Jaan_Tonisson_(Lasteleht), lk 443
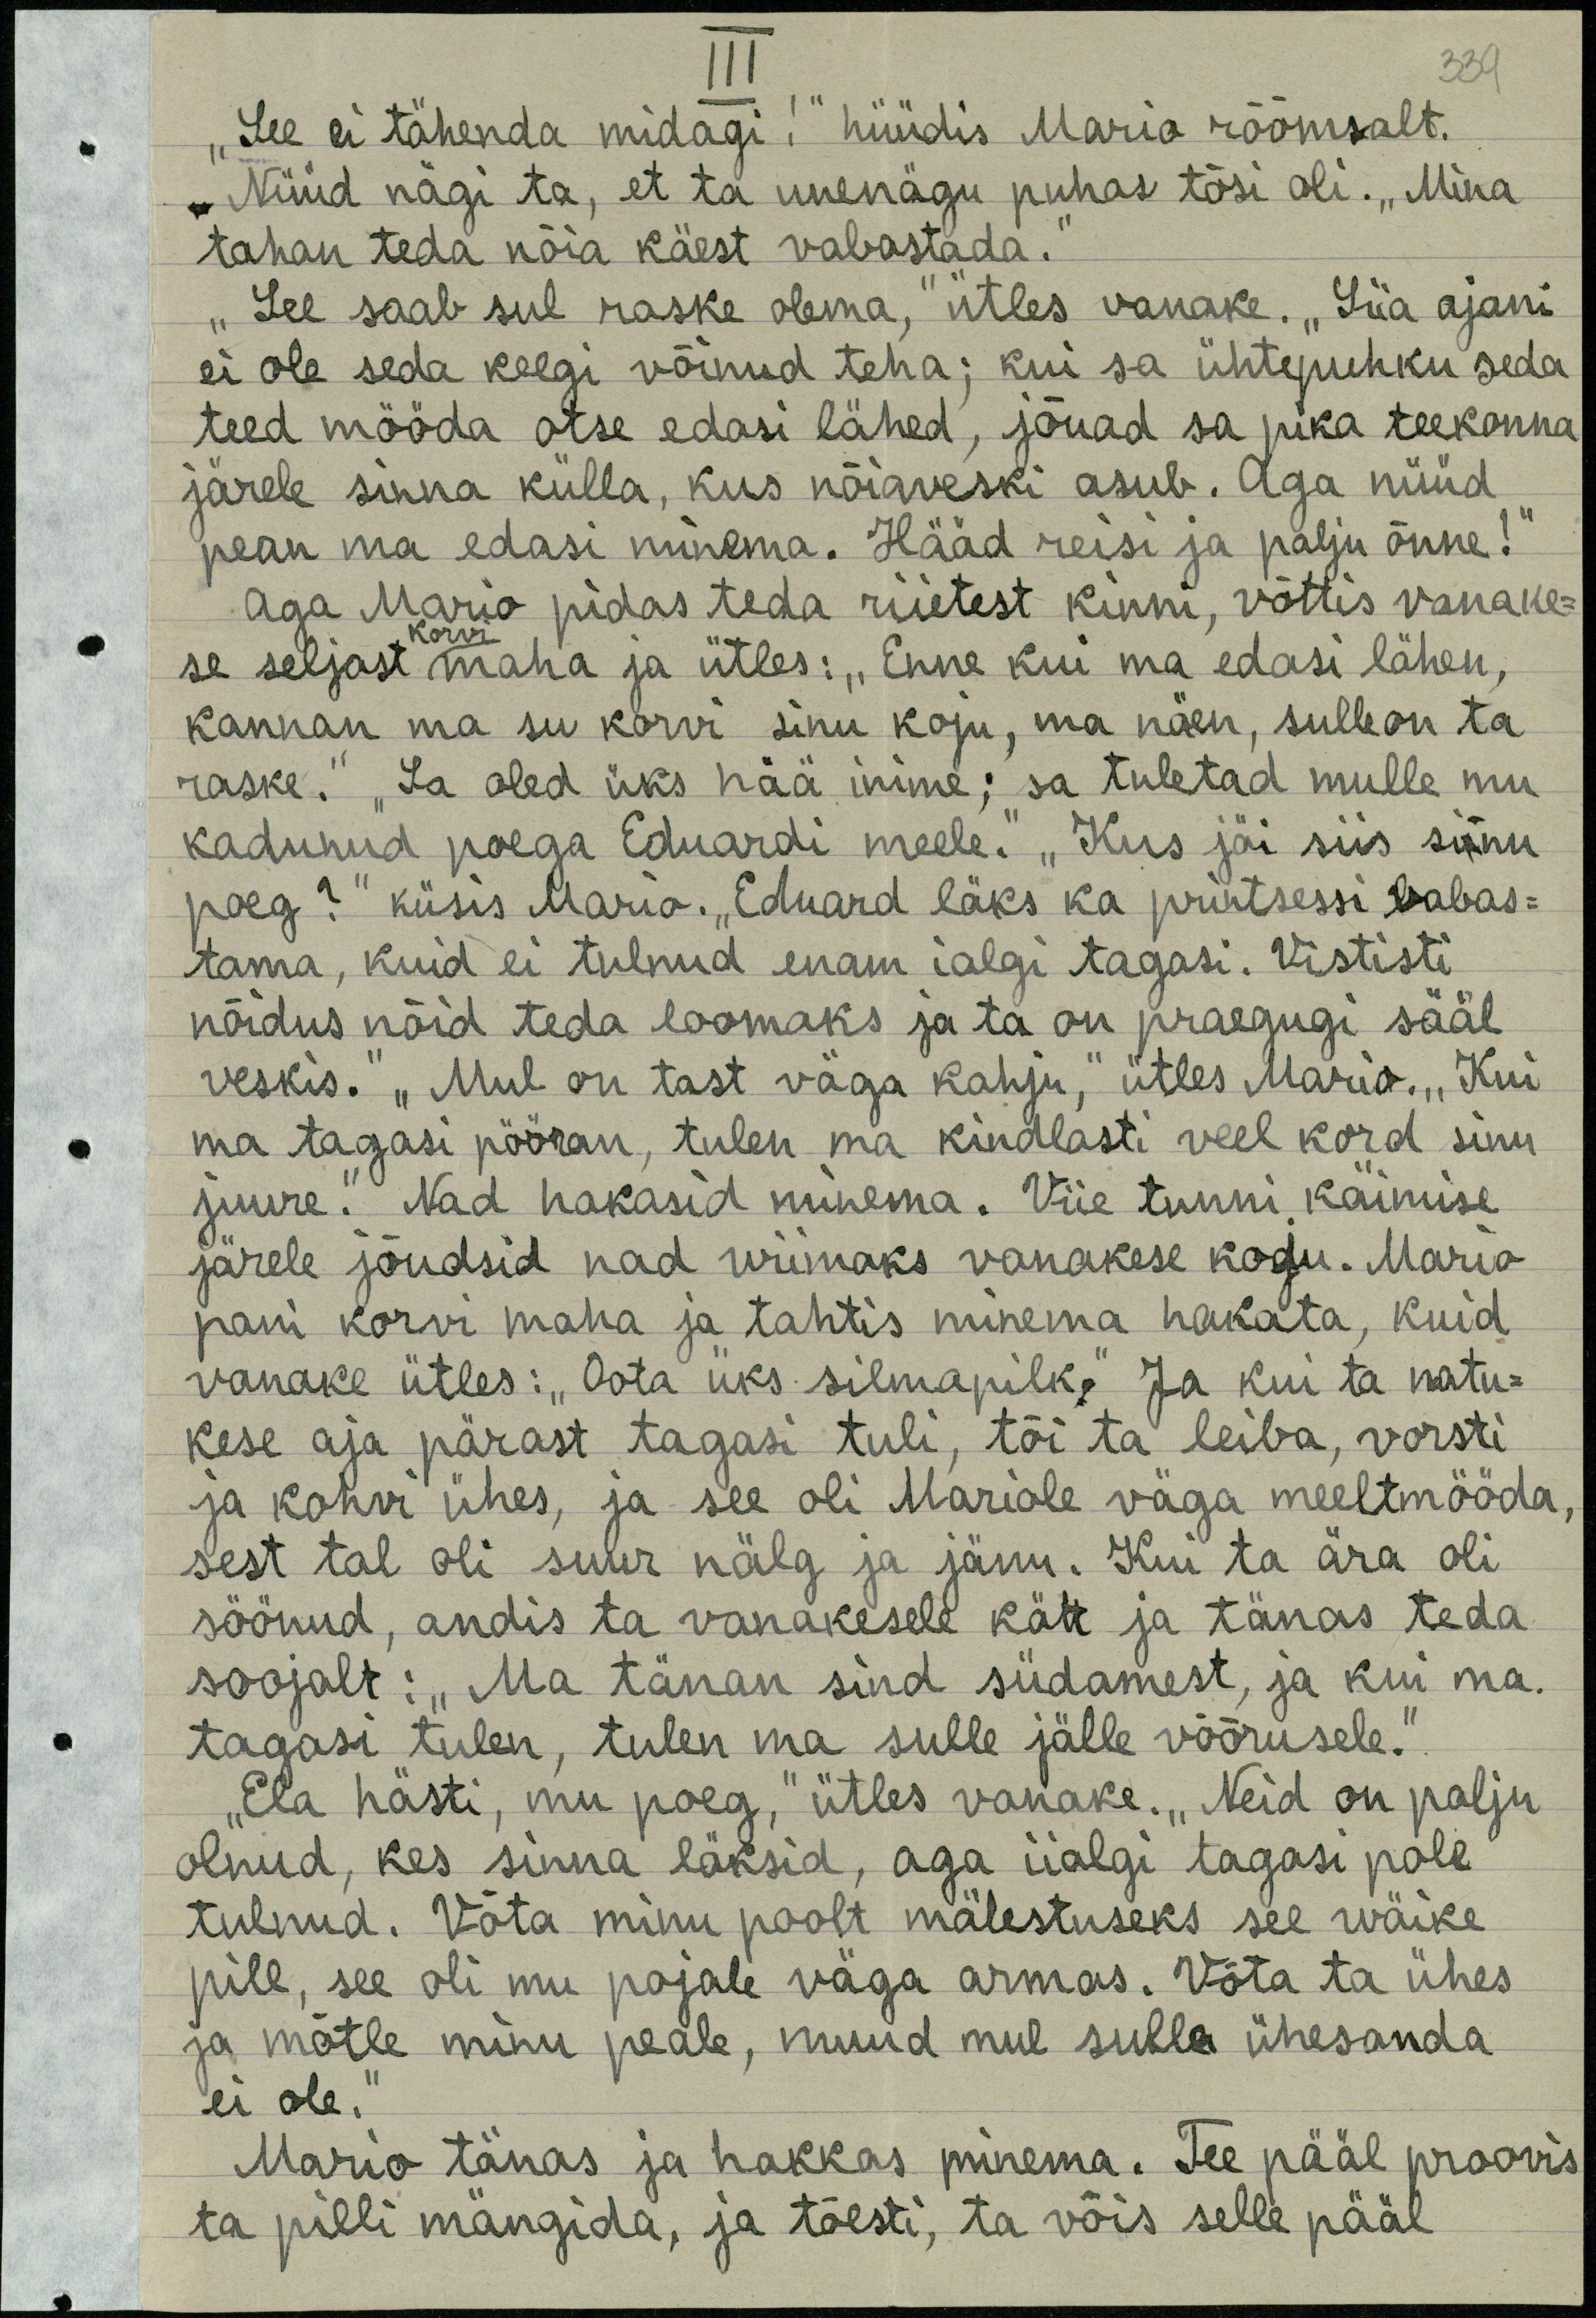
III
339
"See ei tähenda midagi!" hüüdis Mario rõõmsalt.
Nüüd nägi ta, et ta unenägu puhas tõsi oli. „Mina
tahan teda nõia käest vabastada.
"See saab sul raske olema," ütles vanake. "Siia ajani
ei ole seda keegi võinud teha; kui sa ühtepuhku seda
teed mööda otse edasi lähed, jõuad sa pika teekonna
järele sinna külla, kus nõiaveski asub. Aga nüüd
pean ma edasi minema. Hääd reisi ja palju õnne!
aga Mario pidas teda riietest kinni, võttis vanake-
korvi
se seljast maha ja ütles: "Enne kui ma edasi lähen,
kannan ma su korvi sinu koju, ma näen, sulle on ta
raske." "Sa oled üks hää inime; sa tuletad mulle mu-
kadunud poega Eduardi meele. "Kus jäi siis sinu
poeg?" küsis Maria. "Eduard läks ka printsessi vabas-
tama, kuid ei tulnud enam ialgi tagasi. Vististi
nõidus nõid teda loomaks ja ta on praegugi sääl
veskis. "Mul on tast väga kahju," ütles Mario. „Kui
ma tagasi pööran, tulen ma kindlasti veel kord sinu
juure." Nad hakasid minema. Viie tunni käimise
järele jõudsid nad wiimaks vanakese kodu. Mario
pani korvi maha ja tahtis minema hakata, kuid
vanake ütles: "Oota üks silmapilk." Ja kui ta natu-
kese aja pärast tagasi tuli, tõi ta leiba, vorsti
ja kohvi ühes, ja see oli Mariole väga meeltmööda,
sest tal oli suur nälg ja janu. Kui ta ära oli
söönud, andis ta vanakesele kätt ja tänas teda
soojalt: "Ma tänan sind südamest, ja kui ma.
tagasi tulen, tulen ma sulle jälle võõrusele."
"Ela hästi, mu poeg," ütles vanake. "Neid on palju
olnud, kes sinna läksid, aga iialgi tagasi pole
tulnud. Võta minu poolt mälestuseks see wäike
pill, see oli mu pojale väga armas. Võta ta ühes
ja mõtle minu peale, muud mul sulle ühesanda
ei ole.
Mario tänas ja hakkas minema. Tee pääl proovis
ta pilli mängida, ja tõesti, ta võis selle pääl